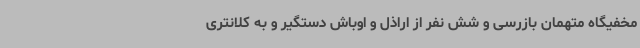
مخفیگاه متهمان بازرسی و شش نفر از اراذل و اوباش دستگیر و به کلانتری